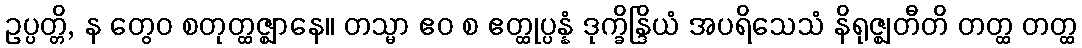
ဥပ္ပတ္တိ, န တွေဝ စတုတ္ထဇ္ဈာနေ။ တသ္မာ ဧဝ စ ဧတ္ထုပ္ပန္နံ ဒုက္ခိန္ဒြိယံ အပရိသေသံ နိရုဇ္ဈတီတိ တတ္ထ တတ္ထ